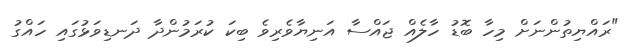
"ރައްޔިތުންނަށް މިހާ ބޮޑު ހާލެއް ޖައްސާ އަނިޔާވެރިވެ ބިކަ ކުރަމުންދާ ދަނޑިވަޅުގައި ހައްގު